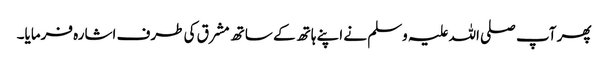
پھر آپ صلی اللہ علیہ وسلم نے اپنے ہاتھ کے ساتھ مشرق کی طرف اشارہ فرمایا۔